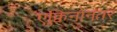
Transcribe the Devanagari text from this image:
एक्विनोनंतर